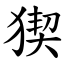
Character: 猰